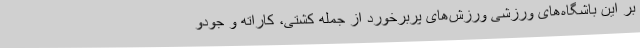
بر این باشگاه‌های ورزشی ورزش‌های پربرخورد از جمله کشتی، کاراته و جودو